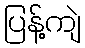
ပြန့်ကျဲ